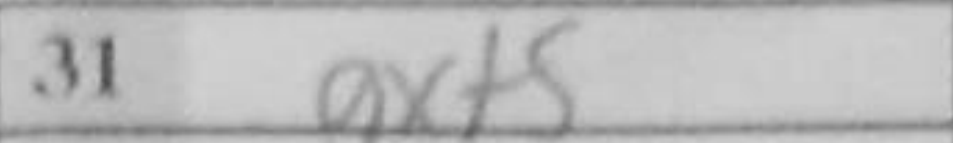
Transcription: gxf5